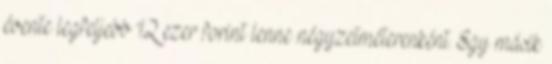
évente legfeljebb 12 ezer forint lenne négyzetméterenként. Egy másik